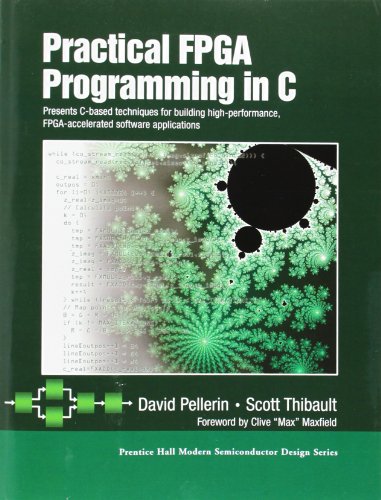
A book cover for Practical FPGA Programming in C; David Pellerin; Computers & Technology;